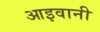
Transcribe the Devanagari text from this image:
आइवानी